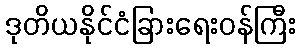
ဒုတိယနိုင်ငံခြားရေးဝန်ကြီး